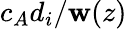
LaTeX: c_{A}d_{i}/\mathbf{w}(z)